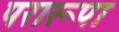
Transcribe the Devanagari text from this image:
परारूपा